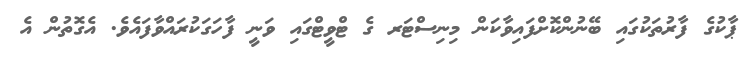
ޕާކުގެ ފާރުތަކުގައި ބޭނުންކޮށްފައިވާކަން މިނިސްޓަރ ގެ ޓްވީޓްގައި ވަނީ ފާހަގަކުރައްވާފައެވެ. އެގޮތުން އެ